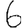
Digit: 6